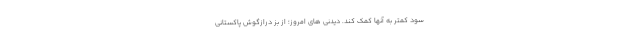
سود کمتر به آنها کمک کند. دیدنی های امروز؛ از بُز درازگوش پاکستانی